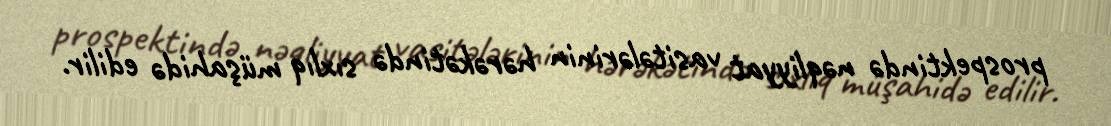
prospektində nəqliyyat vasitələrinin hərəkətində sıxlıq müşahidə edilir.